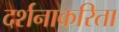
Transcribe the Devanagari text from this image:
दर्शनाकरिता